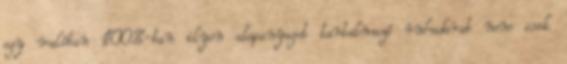
egy valóban 100%-ban ilyen alapanyagot tartalmazó ruhadarab nem csak